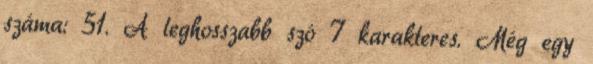
száma: 51. A leghosszabb szó 7 karakteres. Még egy